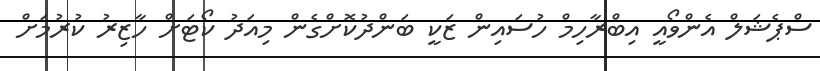
ސްޕެޝަލް އެންވޯއީ އިބްރާހިމް ހުސައިން ޒަކީ ބަންދުކޮށްގެން މިއަދު ކޯޓަށް ހާޒިރު ކުރުމަށް